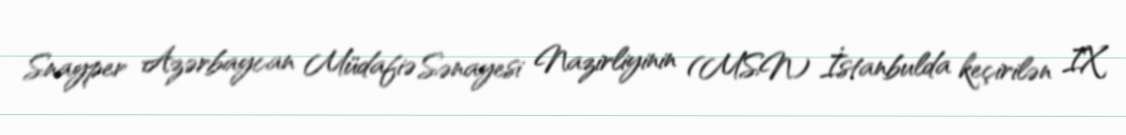
Snayper Azərbaycan Müdafiə Sənayesi Nazirliyinin (MSN) İstanbulda keçirilən IX